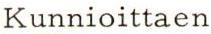
Kunnioittaen